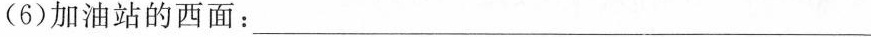
(6)加油站的西面：___